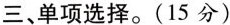
三、单项选择。(15 分)